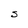
Character: S